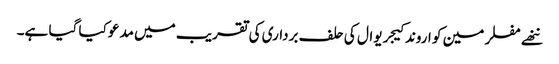
ننھے مفلر مین کو اروند کیجریوال کی حلف برداری کی تقریب میں مدعو کیا گیا ہے۔